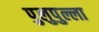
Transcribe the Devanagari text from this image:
पुलुपुल्ला